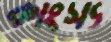
কাংস্য